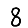
Digit: 8